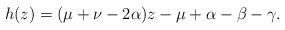
LaTeX: \begin{align*}h(z)=(\mu +\nu-2\alpha)z-\mu+\alpha-\beta-\gamma.\end{align*}